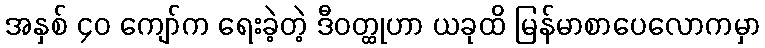
အနှစ် ၄၀ ကျော်က ရေးခဲ့တဲ့ ဒီဝတ္ထုဟာ ယခုထိ မြန်မာစာပေလောကမှာ